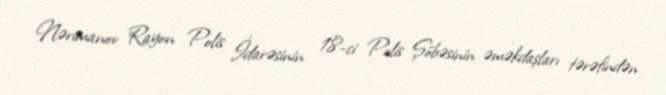
Nərimanov Rayon Polis İdarəsinin 18-ci Polis Şöbəsinin əməkdaşları tərəfindən